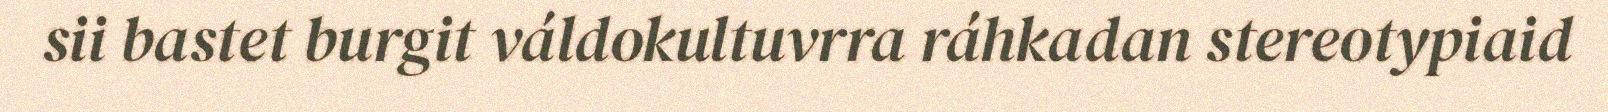
sii bastet burgit váldokultuvrra ráhkadan stereotypiaid